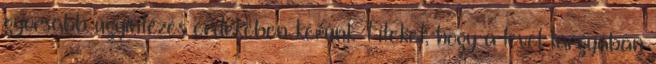
gyorsabb ügyintézés érdekében kérünk Titeket, hogy a levél tárgyában